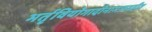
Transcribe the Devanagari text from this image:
भर्तृवियोगादीनामन्वग्रहीत